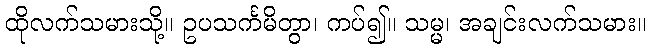
ထိုလက်သမားသို့။ ဥပသင်္ကမိတွာ၊ ကပ်၍။ သမ္မ၊ အချင်းလက်သမား။